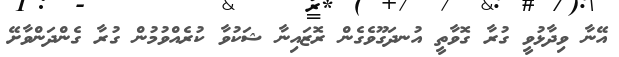
އޭނާ ވިދާޅުވީ ގުރާ ގޮވާތީ އުނދަގޫވެގެން ރޮޒައިނާ ޝަކުވާ ކުރެއްވުމުން ގުރާ ގެންދަންވާށޭ